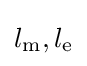
l_{\text{m}},l_{\text{e}}